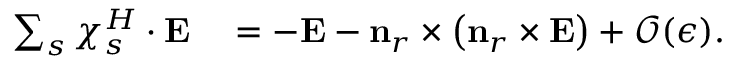
\begin{array} { r l } { \sum _ { s } \boldsymbol { \chi } _ { s } ^ { H } \cdot \mathbf { E } } & { { } = - \mathbf { E } - \mathbf { n } _ { r } \times \left( \mathbf { n } _ { r } \times \mathbf { E } \right) + \mathcal { O } ( \epsilon ) . } \end{array}